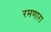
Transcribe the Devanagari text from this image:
रमणारा